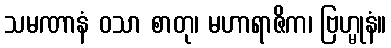
သမဏာနံ ဝသာ စာတု၊ မဟာရာဇိက၊ ဗြဟ္မုနံ။